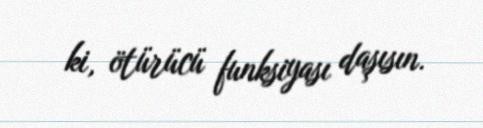
ki, ötürücü funksiyası daşısın.